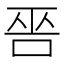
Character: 𠳄